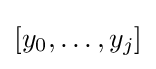
[y_{0},\ldots ,y_{j}]